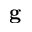
\mathbf { g }